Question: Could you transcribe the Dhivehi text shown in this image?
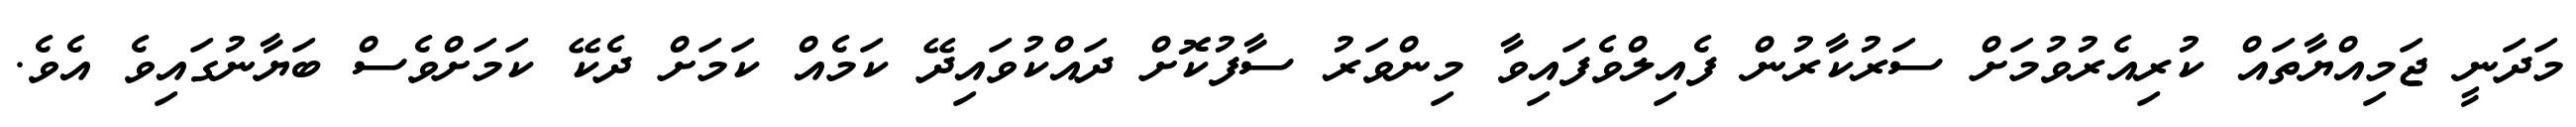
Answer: މަދަނީ ޖަމިއްޔާތައް ކުރިއެރުވުމަށް ސަރުކާރުން ފެއިލްވެފައިވާ މިންވަރު ސާފުކޮށް ދައްކުވައިދޭ ކަމެއް ކަމަށް ދެކޭ ކަމަށްވެސް ބަޔާނުގައިވެ އެވެ.